Lunatic asylums Central Provinces reports 1895-1909 - 1895-1909
Year: 1895
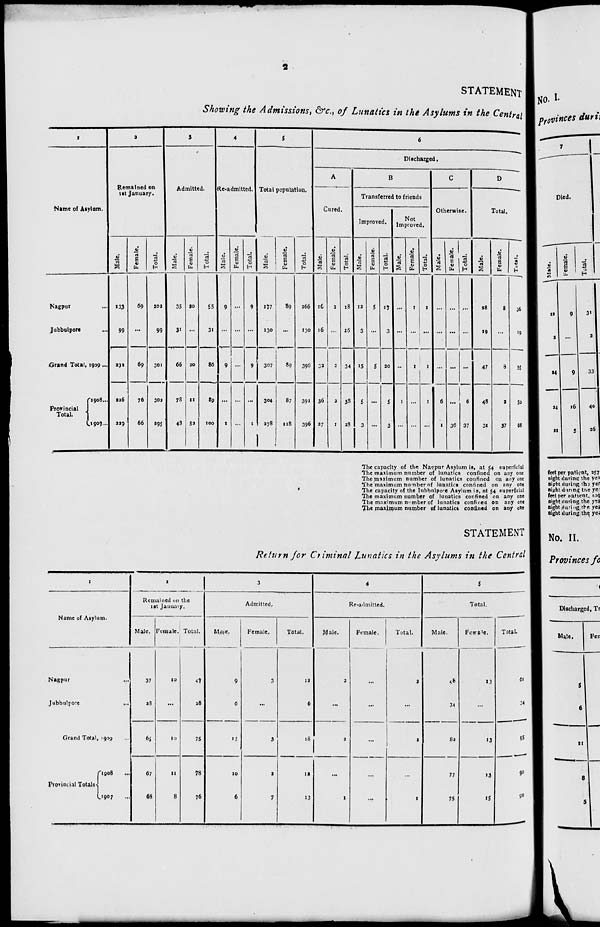
2
STATEMENT
Showing the Admissions, &c., of Lunatics in the Asylums in the Central
1
Name of Asylum.
Nagpur ...
Jubbulpore ...
Grand Total, 1909 ...
Prorincial
Total.
1908 ...
1907 ...
2
Remained on
1st January.
Male.
133
99
232
226
229
Female.
69
...
69
76
66
Total.
202
99
301
302
295
3
Admitted.
Male.
35
31
66
78
48
Female.
20
...
20
11
52
Total.
55
31
86
89
100
4
Re-admitted.
Male.
9
...
9
...
1
Female.
...
...
...
...
...
Total.
9
...
9
...
1
5
Total population.
Male.
177
130
307
304
278
Female.
89
...
89
87
118
Total.
266
130
396
391
396
6
Discharged.
A
Cured.
Male.
16
16
32
36
27
Female.
2
...
2
2
1
Total.
18
16
34
38
28
B
Transferred to friends
Improved.
Male.
12
3
15
5
3
Female.
5
...
5
...
...
Total.
17
3
20
5
3
Not
Improved.
Male.
...
...
...
1
...
Female.
1
...
1
...
...
Total.
1
...
1
1
...
C
Otherwise.
Male.
...
...
...
6
1
Female.
...
...
...
...
36
Total.
...
...
...
6
37
D
Total.
Male.
28
19
47
48
31
Female.
8
...
8
2
37
Total.
36
19
55
50
68
The capacity of the Nagpur Asylum is, at 54 superficial
The maximum number of lunatics confined on any one
The maximum number of lunatics confined on any one
The maximum number of lunatics confined on any one
The capacity of the Jubbulpore Asylum is, at 54 superficial
The maximum number of lunatics confined on any one
The maximum number of lunatics confined on any one
The maximum number of lunatics confined on any one
STATEMENT
Return for Criminal Lunatics in the Asylums in the Central
1
Name of Asylum.
Nagpur ...
Jubbulpore ...
Grand Total, 1909 ...
Provincial Totals
1908 ...
1907 ...
2
Remained on the
1st January.
Male.
37
28
65
67
68
Female.
10
...
10
11
8
Total.
47
28
75
78
76
3
Admitted.
Male.
9
6
15
10
6
Female.
3
...
3
2
7
Total.
12
6
18
12
13
4
Re-admitted.
Male.
2
...
2
...
1
Female.
...
...
...
...
...
Total.
2
...
2
...
1
5
Total.
Male.
48
34
82
77
75
Female.
13
...
13
13
15
Total.
61
34
95
90
90